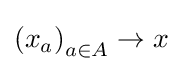
\left(x_{a}\right)_{a\in A}\to x